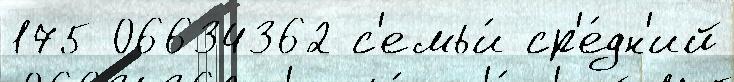
175 06634362 с'емьи́ ср'е́дн'ий